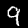
Digit: 9